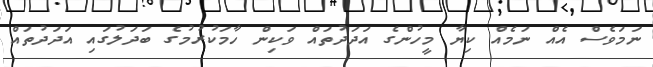
ނަމަވެސް އެއް ނަމެއް ކިޔާ މީހުންގެ އަދަދުތައް ވަކިން ހާމަކުރުމުގެ ބަދަލުގައި އަދަދުތައް